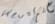
Text: key+space